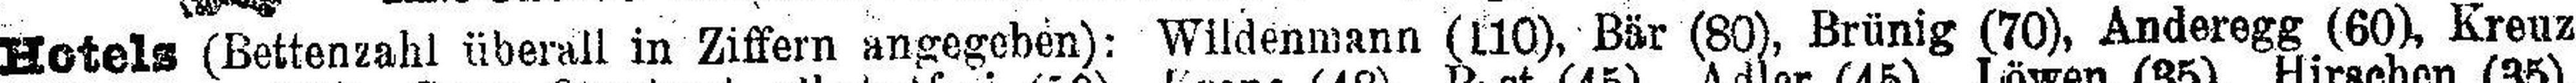
Hotels (Bettenzahl überall in Ziffern angegeben): Wildenmann (110), Bär (80), Brünig (70), Anderegg (60), Kreuz